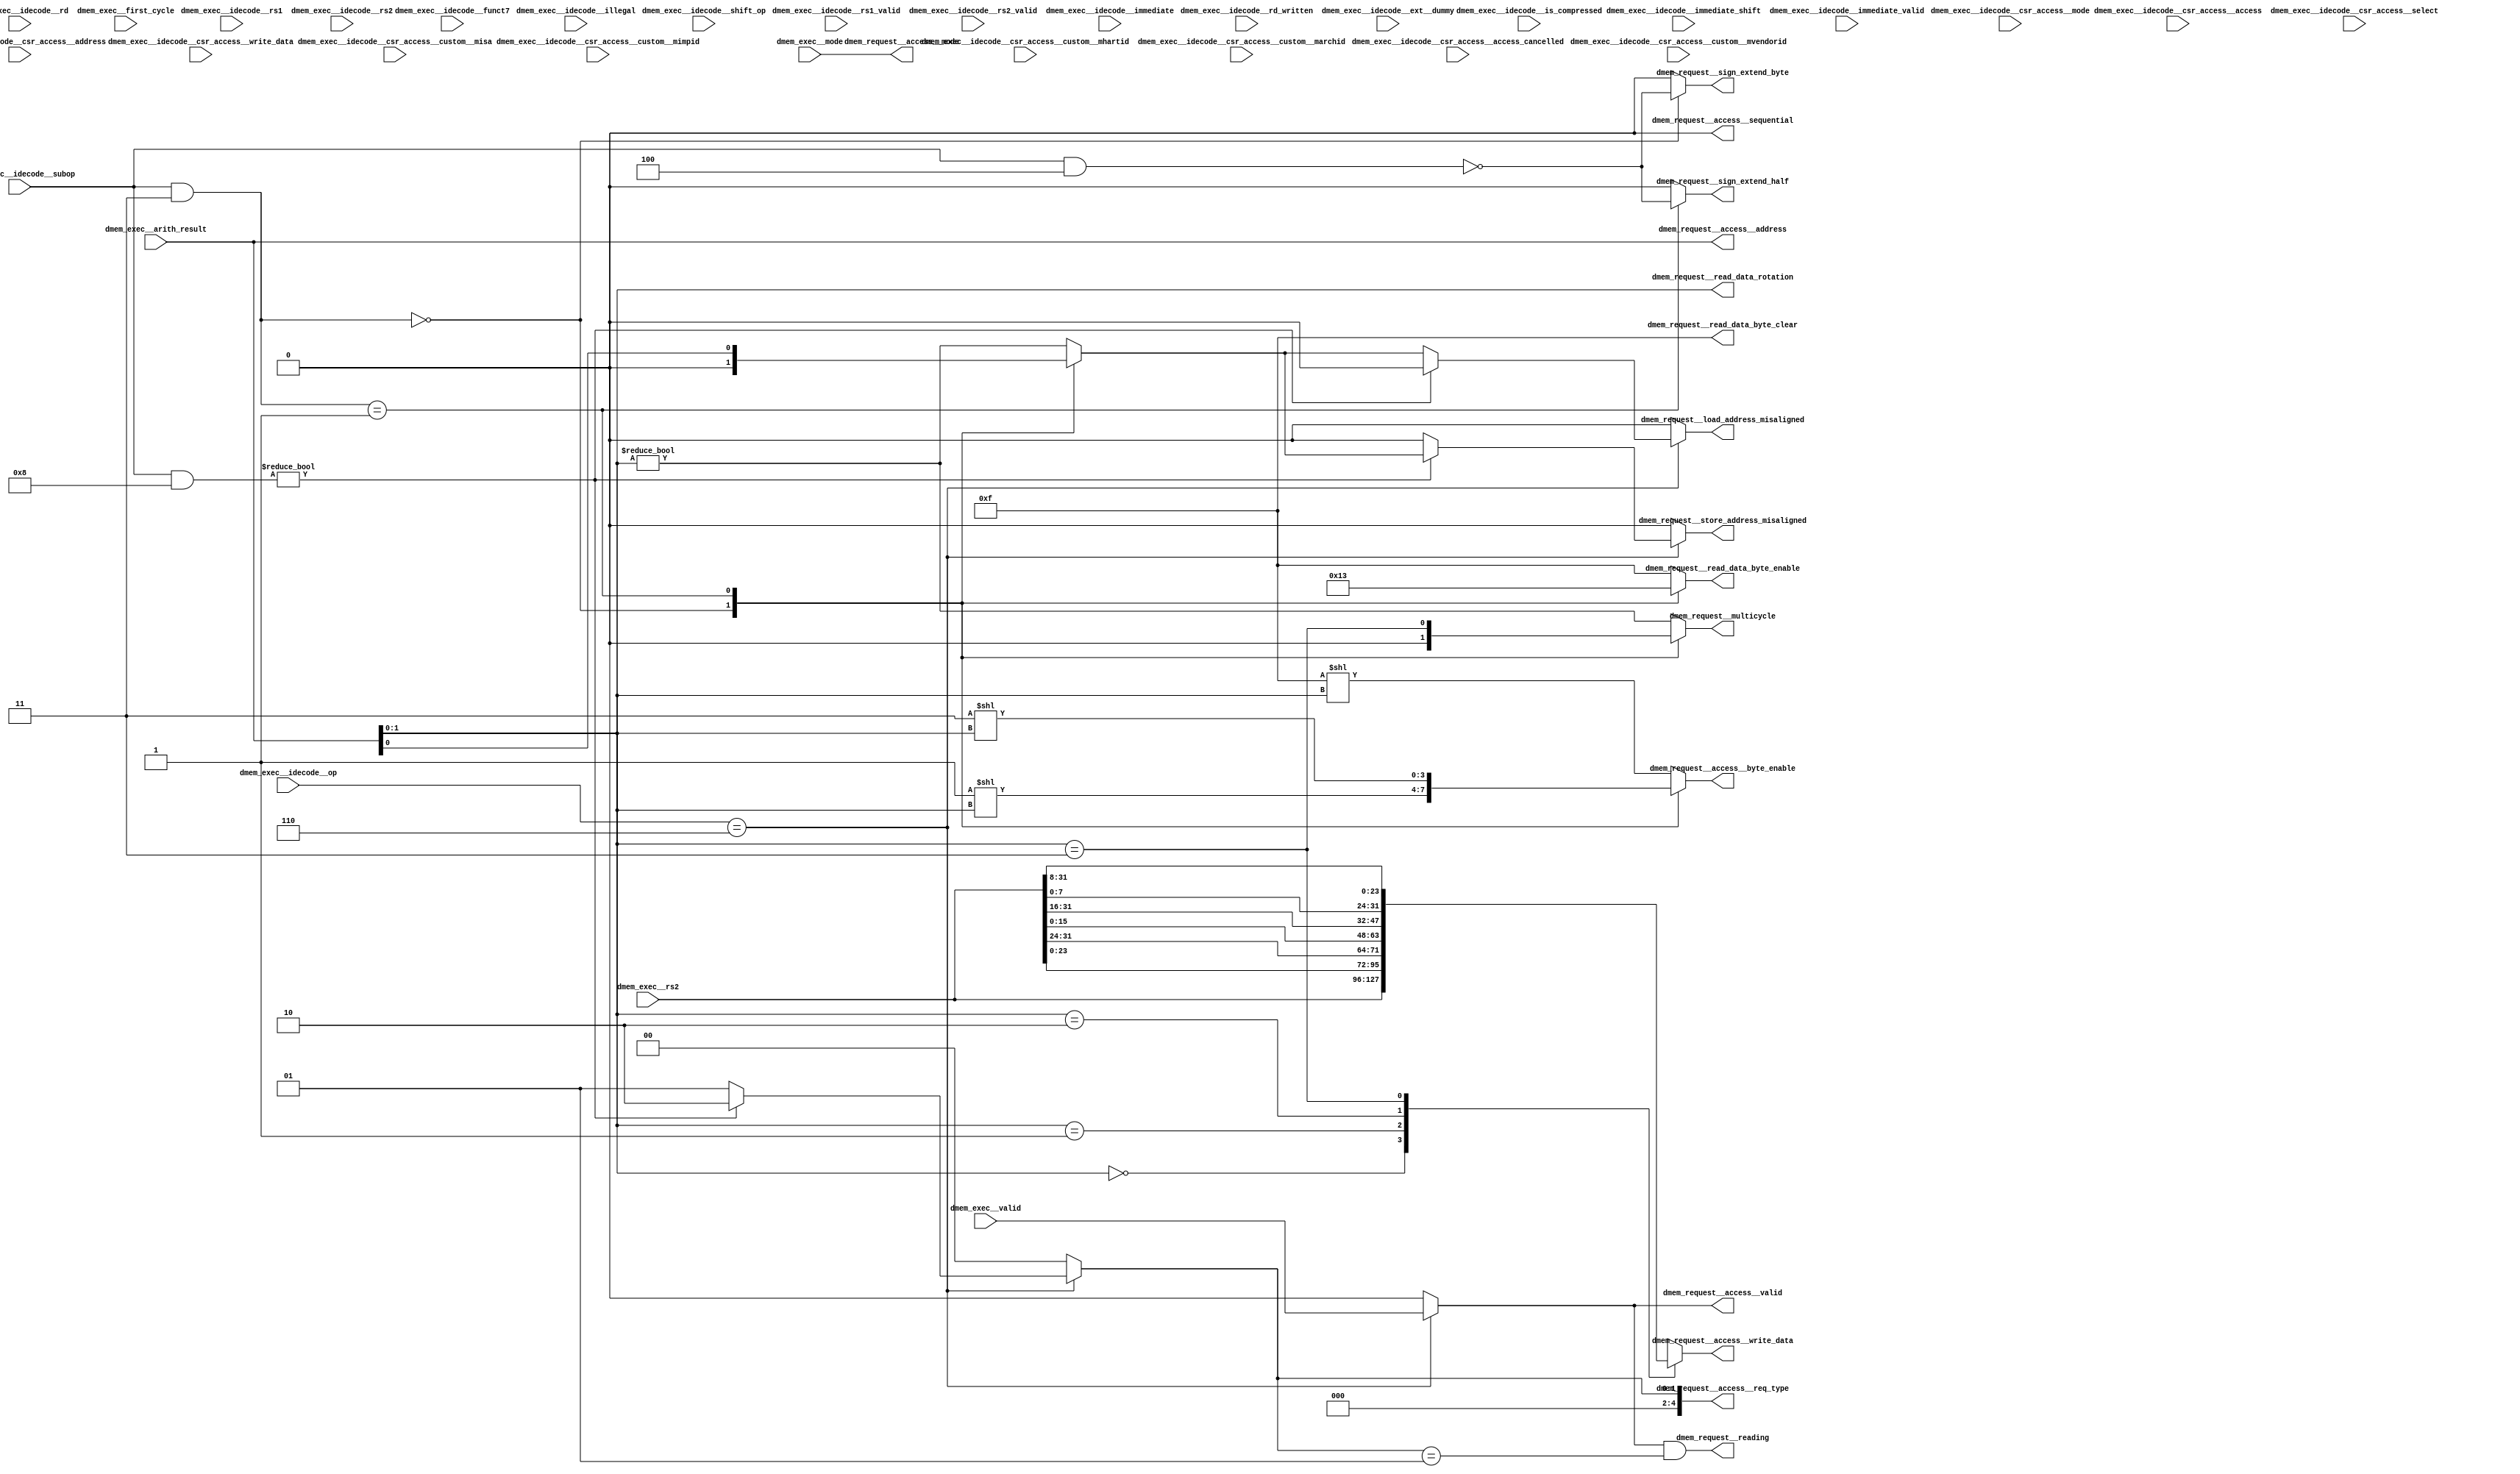
//a Note: created by CDL 1.4 - do not hand edit without recognizing it will be out of sync with the source
// Output mode 0 (VMOD=1, standard verilog=0)
// Verilog option comb reg suffix '__var'
// Verilog option include_displays 0
// Verilog option include_assertions 1
// Verilog option sv_assertions 0
// Verilog option assert delay string '<NULL>'
// Verilog option include_coverage 0
// Verilog option clock_gate_module_instance_type 'banana'
// Verilog option clock_gate_module_instance_extra_ports ''
// Verilog option use_always_at_star 1
// Verilog option clocks_must_have_enables 1

//a Module riscv_i32_dmem_request
    //   
    //   
    //   
module riscv_i32_dmem_request
(

    dmem_exec__valid,
    dmem_exec__mode,
    dmem_exec__idecode__rs1,
    dmem_exec__idecode__rs1_valid,
    dmem_exec__idecode__rs2,
    dmem_exec__idecode__rs2_valid,
    dmem_exec__idecode__rd,
    dmem_exec__idecode__rd_written,
    dmem_exec__idecode__csr_access__mode,
    dmem_exec__idecode__csr_access__access_cancelled,
    dmem_exec__idecode__csr_access__access,
    dmem_exec__idecode__csr_access__custom__mhartid,
    dmem_exec__idecode__csr_access__custom__misa,
    dmem_exec__idecode__csr_access__custom__mvendorid,
    dmem_exec__idecode__csr_access__custom__marchid,
    dmem_exec__idecode__csr_access__custom__mimpid,
    dmem_exec__idecode__csr_access__address,
    dmem_exec__idecode__csr_access__select,
    dmem_exec__idecode__csr_access__write_data,
    dmem_exec__idecode__immediate,
    dmem_exec__idecode__immediate_shift,
    dmem_exec__idecode__immediate_valid,
    dmem_exec__idecode__op,
    dmem_exec__idecode__subop,
    dmem_exec__idecode__shift_op,
    dmem_exec__idecode__funct7,
    dmem_exec__idecode__illegal,
    dmem_exec__idecode__is_compressed,
    dmem_exec__idecode__ext__dummy,
    dmem_exec__arith_result,
    dmem_exec__rs2,
    dmem_exec__first_cycle,

    dmem_request__access__valid,
    dmem_request__access__mode,
    dmem_request__access__req_type,
    dmem_request__access__address,
    dmem_request__access__sequential,
    dmem_request__access__byte_enable,
    dmem_request__access__write_data,
    dmem_request__load_address_misaligned,
    dmem_request__store_address_misaligned,
    dmem_request__reading,
    dmem_request__read_data_rotation,
    dmem_request__read_data_byte_clear,
    dmem_request__read_data_byte_enable,
    dmem_request__sign_extend_byte,
    dmem_request__sign_extend_half,
    dmem_request__multicycle
);

    //b Clocks

    //b Inputs
    input dmem_exec__valid;
    input [2:0]dmem_exec__mode;
    input [4:0]dmem_exec__idecode__rs1;
    input dmem_exec__idecode__rs1_valid;
    input [4:0]dmem_exec__idecode__rs2;
    input dmem_exec__idecode__rs2_valid;
    input [4:0]dmem_exec__idecode__rd;
    input dmem_exec__idecode__rd_written;
    input [2:0]dmem_exec__idecode__csr_access__mode;
    input dmem_exec__idecode__csr_access__access_cancelled;
    input [2:0]dmem_exec__idecode__csr_access__access;
    input [31:0]dmem_exec__idecode__csr_access__custom__mhartid;
    input [31:0]dmem_exec__idecode__csr_access__custom__misa;
    input [31:0]dmem_exec__idecode__csr_access__custom__mvendorid;
    input [31:0]dmem_exec__idecode__csr_access__custom__marchid;
    input [31:0]dmem_exec__idecode__csr_access__custom__mimpid;
    input [11:0]dmem_exec__idecode__csr_access__address;
    input [11:0]dmem_exec__idecode__csr_access__select;
    input [31:0]dmem_exec__idecode__csr_access__write_data;
    input [31:0]dmem_exec__idecode__immediate;
    input [4:0]dmem_exec__idecode__immediate_shift;
    input dmem_exec__idecode__immediate_valid;
    input [3:0]dmem_exec__idecode__op;
    input [3:0]dmem_exec__idecode__subop;
    input [3:0]dmem_exec__idecode__shift_op;
    input [6:0]dmem_exec__idecode__funct7;
    input dmem_exec__idecode__illegal;
    input dmem_exec__idecode__is_compressed;
    input dmem_exec__idecode__ext__dummy;
    input [31:0]dmem_exec__arith_result;
    input [31:0]dmem_exec__rs2;
    input dmem_exec__first_cycle;

    //b Outputs
    output dmem_request__access__valid;
    output [2:0]dmem_request__access__mode;
    output [4:0]dmem_request__access__req_type;
    output [31:0]dmem_request__access__address;
    output dmem_request__access__sequential;
    output [3:0]dmem_request__access__byte_enable;
    output [31:0]dmem_request__access__write_data;
    output dmem_request__load_address_misaligned;
    output dmem_request__store_address_misaligned;
    output dmem_request__reading;
    output [1:0]dmem_request__read_data_rotation;
    output [3:0]dmem_request__read_data_byte_clear;
    output [3:0]dmem_request__read_data_byte_enable;
    output dmem_request__sign_extend_byte;
    output dmem_request__sign_extend_half;
    output dmem_request__multicycle;

// output components here

    //b Output combinatorials
    reg dmem_request__access__valid;
    reg [2:0]dmem_request__access__mode;
    reg [4:0]dmem_request__access__req_type;
    reg [31:0]dmem_request__access__address;
    reg dmem_request__access__sequential;
    reg [3:0]dmem_request__access__byte_enable;
    reg [31:0]dmem_request__access__write_data;
    reg dmem_request__load_address_misaligned;
    reg dmem_request__store_address_misaligned;
    reg dmem_request__reading;
    reg [1:0]dmem_request__read_data_rotation;
    reg [3:0]dmem_request__read_data_byte_clear;
    reg [3:0]dmem_request__read_data_byte_enable;
    reg dmem_request__sign_extend_byte;
    reg dmem_request__sign_extend_half;
    reg dmem_request__multicycle;

    //b Output nets

    //b Internal and output registers

    //b Internal combinatorials
    reg [1:0]dmem_combs__word_offset;
    reg dmem_combs__dmem_misaligned;

    //b Internal nets

    //b Clock gating module instances
    //b Module instances
    //b code combinatorial process
    always @ ( * )//code
    begin: code__comb_code
    reg dmem_request__access__valid__var;
    reg [3:0]dmem_request__access__byte_enable__var;
    reg dmem_combs__dmem_misaligned__var;
    reg dmem_request__multicycle__var;
    reg [3:0]dmem_request__read_data_byte_enable__var;
    reg dmem_request__sign_extend_half__var;
    reg dmem_request__sign_extend_byte__var;
    reg [4:0]dmem_request__access__req_type__var;
    reg dmem_request__load_address_misaligned__var;
    reg dmem_request__store_address_misaligned__var;
    reg [31:0]dmem_request__access__write_data__var;
        dmem_request__access__valid__var = 1'h0;
        dmem_request__access__mode = dmem_exec__mode;
        dmem_request__access__address = dmem_exec__arith_result;
        dmem_request__access__sequential = 1'h0;
        dmem_combs__word_offset = dmem_exec__arith_result[1:0];
        dmem_request__access__byte_enable__var = (4'hf<<dmem_combs__word_offset);
        dmem_combs__dmem_misaligned__var = (dmem_combs__word_offset!=2'h0);
        dmem_request__multicycle__var = (dmem_combs__word_offset!=2'h0);
        dmem_request__read_data_rotation = dmem_combs__word_offset;
        dmem_request__read_data_byte_enable__var = 4'hf;
        dmem_request__read_data_byte_clear = 4'hf;
        dmem_request__sign_extend_half__var = 1'h0;
        dmem_request__sign_extend_byte__var = 1'h0;
        case ((dmem_exec__idecode__subop & 4'h3)) //synopsys parallel_case
        4'h0: // req 1
            begin
            dmem_combs__dmem_misaligned__var = 1'h0;
            dmem_request__access__byte_enable__var = (4'h1<<dmem_combs__word_offset);
            dmem_request__read_data_byte_enable__var = 4'h1;
            dmem_request__sign_extend_byte__var = ((dmem_exec__idecode__subop & 4'h4)==4'h0);
            dmem_request__multicycle__var = 1'h0;
            end
        4'h1: // req 1
            begin
            dmem_combs__dmem_misaligned__var = dmem_combs__word_offset[0];
            dmem_request__access__byte_enable__var = (4'h3<<dmem_combs__word_offset);
            dmem_request__read_data_byte_enable__var = 4'h3;
            dmem_request__sign_extend_half__var = ((dmem_exec__idecode__subop & 4'h4)==4'h0);
            dmem_request__multicycle__var = (dmem_combs__word_offset==2'h3);
            end
        default: // req 1
            begin
            dmem_combs__dmem_misaligned__var = (dmem_combs__word_offset!=2'h0);
            dmem_request__access__byte_enable__var = (4'hf<<dmem_combs__word_offset);
            dmem_request__multicycle__var = (dmem_combs__word_offset!=2'h0);
            end
        endcase
        dmem_request__access__req_type__var = 5'h0;
        dmem_request__load_address_misaligned__var = 1'h0;
        dmem_request__store_address_misaligned__var = 1'h0;
        if ((dmem_exec__idecode__op==4'h6))
        begin
            dmem_request__access__valid__var = dmem_exec__valid;
            dmem_request__access__req_type__var = 5'h1;
            dmem_request__load_address_misaligned__var = dmem_combs__dmem_misaligned__var;
            if (((dmem_exec__idecode__subop & 4'h8)!=4'h0))
            begin
                dmem_request__access__req_type__var = 5'h2;
                dmem_request__store_address_misaligned__var = dmem_combs__dmem_misaligned__var;
                dmem_request__load_address_misaligned__var = 1'h0;
            end //if
        end //if
        dmem_request__reading = ((dmem_request__access__valid__var!=1'h0)&&(dmem_request__access__req_type__var==5'h1));
        dmem_request__access__write_data__var = dmem_exec__rs2;
        case (dmem_combs__word_offset) //synopsys parallel_case
        2'h0: // req 1
            begin
            dmem_request__access__write_data__var = dmem_exec__rs2;
            end
        2'h1: // req 1
            begin
            dmem_request__access__write_data__var = {dmem_exec__rs2[23:0],dmem_exec__rs2[31:24]};
            end
        2'h2: // req 1
            begin
            dmem_request__access__write_data__var = {dmem_exec__rs2[15:0],dmem_exec__rs2[31:16]};
            end
        2'h3: // req 1
            begin
            dmem_request__access__write_data__var = {dmem_exec__rs2[7:0],dmem_exec__rs2[31:8]};
            end
    //synopsys  translate_off
    //pragma coverage off
        default:
            begin
                if (1)
                begin
                    $display("%t *********CDL ASSERTION FAILURE:riscv_i32_dmem_request:code: Full switch statement did not cover all values", $time);
                end
            end
    //pragma coverage on
    //synopsys  translate_on
        endcase
        dmem_request__access__valid = dmem_request__access__valid__var;
        dmem_request__access__byte_enable = dmem_request__access__byte_enable__var;
        dmem_combs__dmem_misaligned = dmem_combs__dmem_misaligned__var;
        dmem_request__multicycle = dmem_request__multicycle__var;
        dmem_request__read_data_byte_enable = dmem_request__read_data_byte_enable__var;
        dmem_request__sign_extend_half = dmem_request__sign_extend_half__var;
        dmem_request__sign_extend_byte = dmem_request__sign_extend_byte__var;
        dmem_request__access__req_type = dmem_request__access__req_type__var;
        dmem_request__load_address_misaligned = dmem_request__load_address_misaligned__var;
        dmem_request__store_address_misaligned = dmem_request__store_address_misaligned__var;
        dmem_request__access__write_data = dmem_request__access__write_data__var;
    end //always

endmodule // riscv_i32_dmem_request